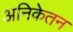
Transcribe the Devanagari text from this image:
अनिकेतन